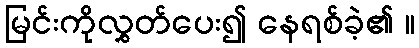
မြင်းကိုလွှတ်ပေး၍ နေရစ်ခဲ့၏ ။